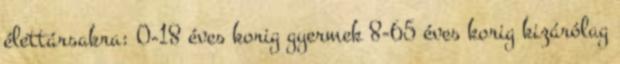
élettársakra: 0-18 éves korig gyermek 8-65 éves korig kizárólag